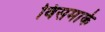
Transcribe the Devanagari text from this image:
विसमार्क